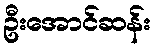
ဦးအောင်ဆန်း